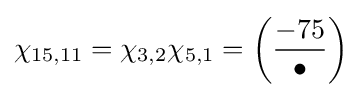
\chi _{15,11}=\chi _{3,2}\chi _{5,1}=\left({\frac {-75}{\bullet }}\right)